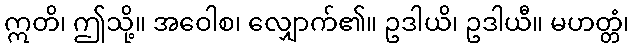
ဣတိ၊ ဤသို့။ အဝေါစ၊ လျှောက်၏။ ဥဒါယိ၊ ဥဒါယီ။ မဟတ္တံ၊